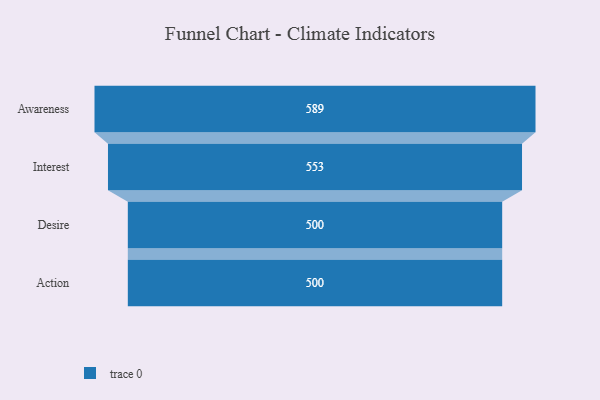
{"axis": {"x": "Stage", "y": "Value"}, "legend": [""], "data": [{"x": "Awareness", "y": 589.0, "type": ""}, {"x": "Interest", "y": 553.0, "type": ""}, {"x": "Desire", "y": 500, "type": ""}, {"x": "Action", "y": 500, "type": ""}]}